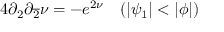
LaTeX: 4 \partial _ { 2 } \partial _ { \overline { { { 2 } } } } \nu = - e ^ { 2 \nu } ~ ~ ~ ( | \psi _ { 1 } | < | \phi | )